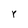
Character: Y